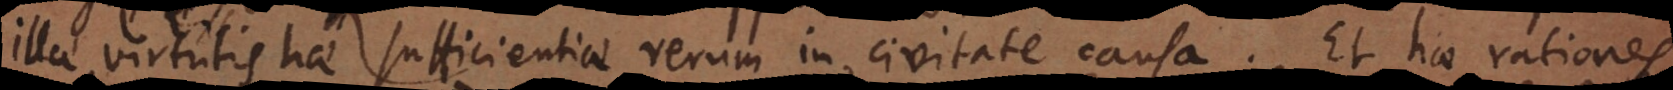
illae virtutis hae sufficientiae rerum in civitate causa. Et hae rationes